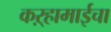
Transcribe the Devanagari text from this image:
कऱ्हामाईचा